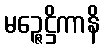
မဉ္ဇေဋ္ဌိကာနိ